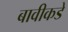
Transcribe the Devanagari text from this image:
बावीकडे